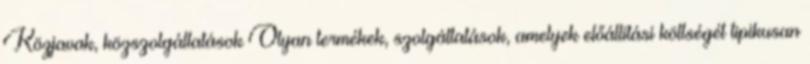
Közjavak, közszolgáltatások Olyan termékek, szolgáltatások, amelyek előállitási költségét tipikusan